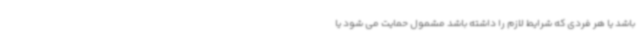
باشد یا هر فردی که شرایط لازم را داشته باشد مشمول حمایت می شود یا